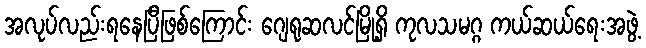
အလုပ်လည်းရနေပြီဖြစ်ကြောင်း ဂျေရုဆလင်မြို့ရှိ ကုလသမဂ္ဂ ကယ်ဆယ်ရေးအဖွဲ့